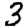
Digit: 3